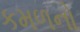
કમળનો